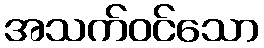
အသက်ဝင်သော